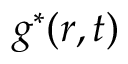
g ^ { \ast } ( \boldsymbol { r } , t )